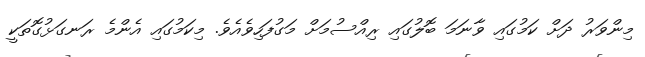
މިންވަރު ދަށް ކަމުގައި ވާނަމަ ބޮލުގައި ރިއްސުމަށް މަގުފަހިވެއެވެ. މިކަމުގައި އެންމެ ރަނގަޅުގޮތަކީ